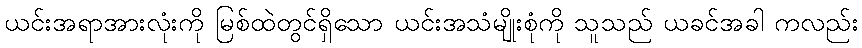
ယင်းအရာအားလုံးကို မြစ်ထဲတွင်ရှိသော ယင်းအသံမျိုးစုံကို သူသည် ယခင်အခါ ကလည်း